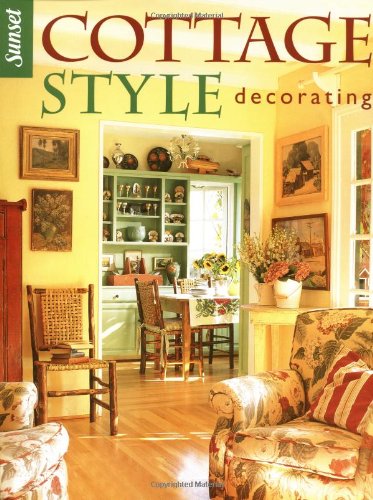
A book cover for Cottage Style Decorating; Editors of Sunset Books; Arts & Photography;